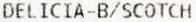
DELICIA-B/SCOTCH